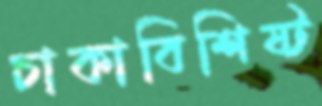
চাকাবিশিষ্ট